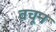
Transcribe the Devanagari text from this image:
वचून